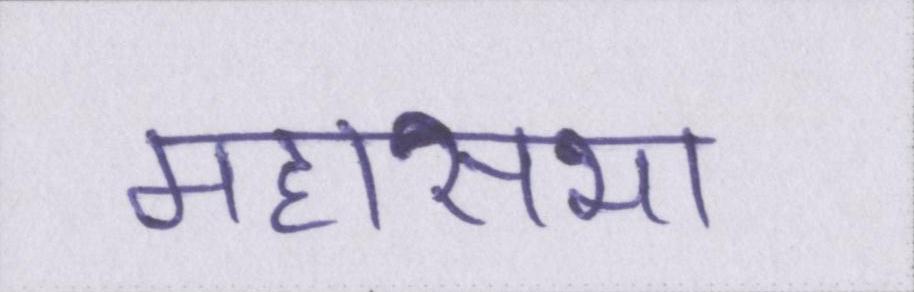
महासभा